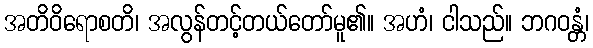
အတိဝိရောစတိ၊ အလွန်တင့်တယ်တော်မူ၏။ အဟံ၊ ငါသည်။ ဘဂဝန္တံ၊